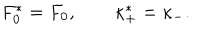
F _ { 0 } ^ { * } = F _ { 0 } , \qquad \kappa _ { + } ^ { * } = \kappa _ { - } .